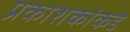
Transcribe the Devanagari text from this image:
प्रकाशकांकडे